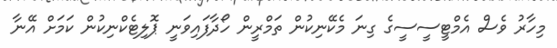
މިހާރު ވެސް އެމްޓީސީސީގެ ގިނަ މެކޭނިކުން ތަމްރީން ހޯދާފައިވަނީ ޕޮލިޓެކްނިކުން ކަމަށް އޭނާ